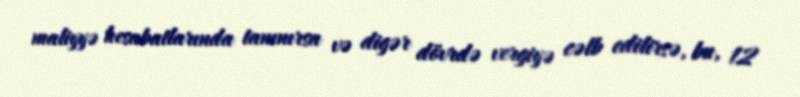
maliyyə hesabatlarında tanınırsa və digər dövrdə vergiyə cəlb edilirsə, bu, 12